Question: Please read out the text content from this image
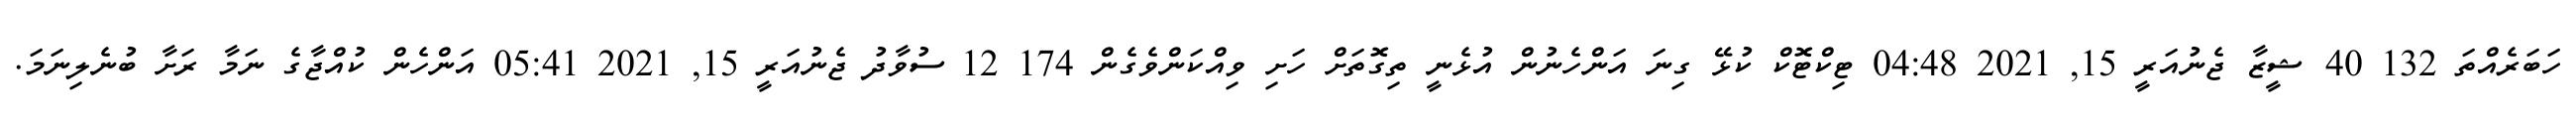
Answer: ހަބަރެއްތަ 132 40 ޝީޒާ ޖެނުއަރީ 15, 2021 04:48 ޓިކްޓޮކް ކުޅޭ ގިނަ އަންހެނުން އުޅެނީ ތިގޮތަށް ހަށި ވިއްކަންވެގެން 174 12 ސުވާދު ޖެނުއަރީ 15, 2021 05:41 އަންހެން ކުއްޖާގެ ނަމާ ރަށާ ބުނެލިނަމަ.